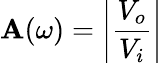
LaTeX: \mathbf{A}(\omega)=\left|{\frac{{V_{o}}}{{V_{i}}}}\right|